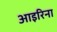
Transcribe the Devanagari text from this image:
आइरिना